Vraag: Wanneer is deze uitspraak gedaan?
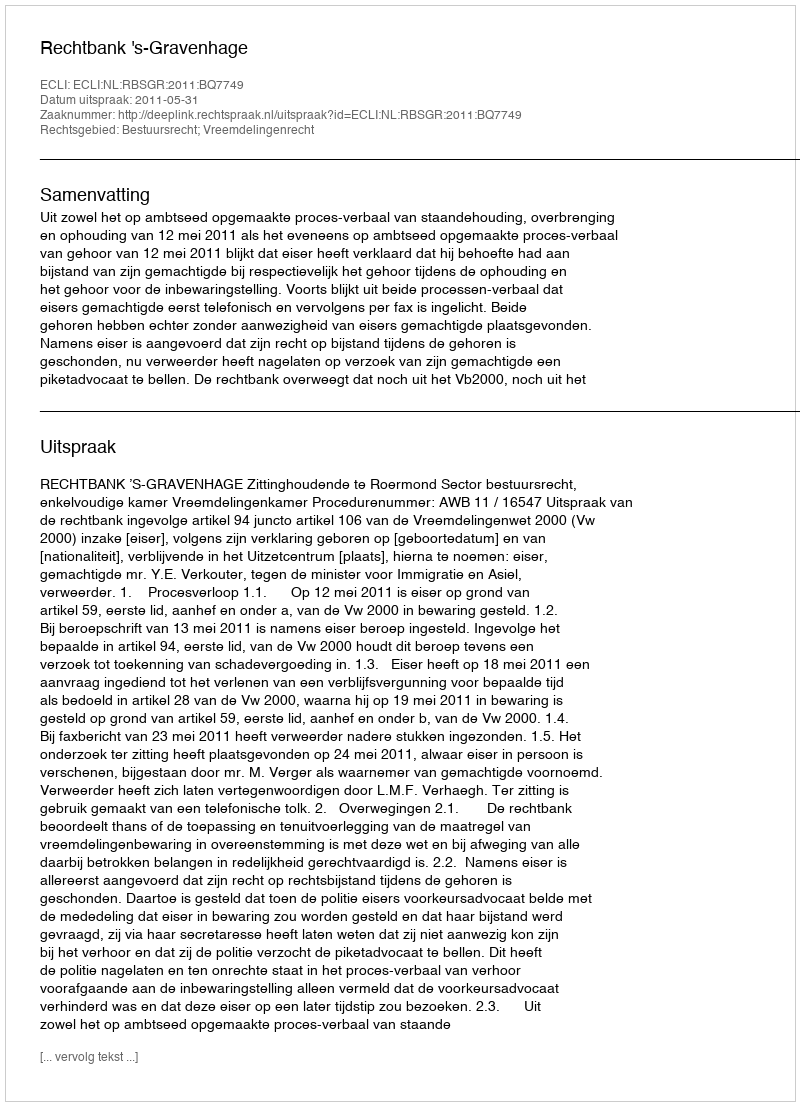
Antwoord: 2011-05-31